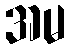
အမ